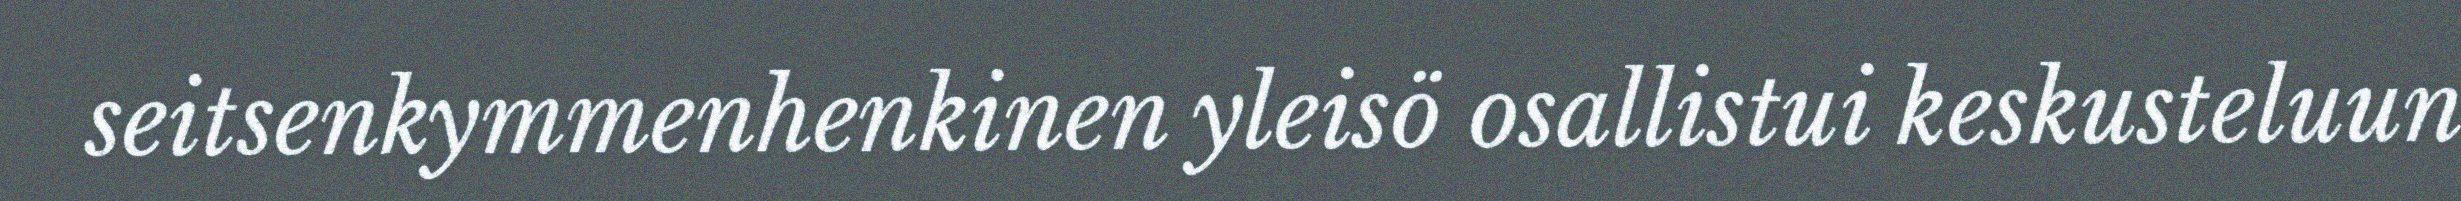
seitsenkymmenhenkinen yleisö osallistui keskusteluun